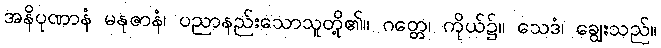
အနိပုဏာနံ မနုဇာနံ၊ ပညာနည်းသောသူတို့၏။ ဂတ္တေ၊ ကိုယ်၌။ သေဒံ၊ ချွေးသည်။